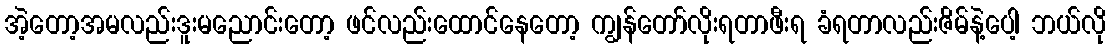
အဲ့တော့အမလည်းဒူးမညောင်းတော့ ဖင်လည်းထောင်နေတော့ ကျွန်တော်လိုးရတာဖီးရ ခံရတာလည်းဇိမ်နဲ့ပေါ့ ဘယ်လို